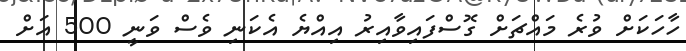
ހާހަކަށް ވުރެ މައްޗަށް ގޮސްފައިވާއިރު އިއްޔެ އެކަނި ވެސް ވަނީ 500 އަށް